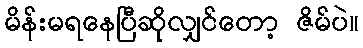
မိန်းမရနေပြီဆိုလျှင်တော့ ဇိမ်ပဲ။